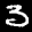
Label: 3